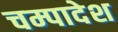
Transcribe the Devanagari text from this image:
चम्पादेश